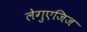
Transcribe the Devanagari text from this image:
लेगुएजिज